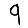
Digit: 9